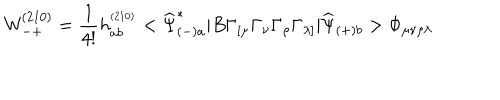
LaTeX: { \mathsf W } _ { - + } ^ { ( 2 1 0 ) } = \frac { 1 } { 4 ! } h _ { a b } ^ { ^ { ( 2 1 0 ) } } < \widehat { \Psi } _ { ( - ) a } ^ { * } | B \Gamma _ { [ \mu } \Gamma _ { \nu } \Gamma _ { \rho } \Gamma _ { \lambda ] } | \widehat { \Psi } _ { ( + ) b } > \Phi _ { \mu \nu \rho \lambda }